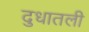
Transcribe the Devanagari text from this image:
दुधातली